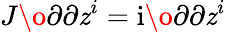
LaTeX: J\o{\partial}{\partial\mathit{z}^{i}}=\mathrm{{i}}\o{\partial}{\partial\mathit{z}^{i}}